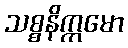
သစ္စနိက္ကမော